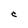
Character: C